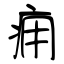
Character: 痈